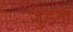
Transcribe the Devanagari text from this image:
जुडना